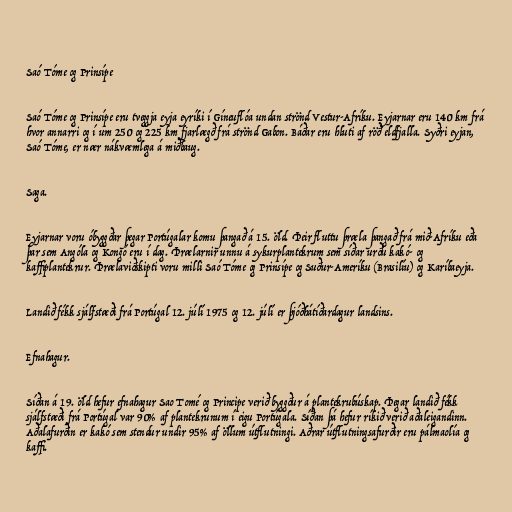
Saó Tóme og Prinsípe

Saó Tóme og Prinsípe eru tveggja eyja eyríki í Gíneuflóa undan strönd Vestur-Afríku. Eyjarnar eru 140 km frá
hvor annarri og í um 250 og 225 km fjarlægð frá strönd Gabon. Báðar eru hluti af röð eldfjalla. Syðri eyjan,
Saó Tóme, er nær nákvæmlega á miðbaug.

Saga.

Eyjarnar voru óbyggðar þegar Portúgalar komu þangað á 15. öld. Þeir fluttu þræla þangað frá mið-Afríku eða
þar sem Angóla og Kongó eru í dag. Þrælarnir unnu á sykurplantekrum sem síðar urðu kakó- og
kaffiplantekrur. Þrælaviðskipti voru milli Saó Tóme og Prinsípe og Suður-Ameríku (Brasilíu) og Karíbaeyja.

Landið fékk sjálfstæði frá Portúgal 12. júlí 1975 og 12. júlí er þjóðhátíðardagur landsins.

Efnahagur.

Síðan á 19. öld hefur efnahagur Sao Tomé og Principe verið byggður á plantekrubúskap. Þegar landið fékk
sjálfstæði frá Portúgal var 90% af plantekrunum í eigu Portúgala. Síðan þá hefur ríkið verið aðaleigandinn.
Aðalafurðin er kakó sem stendur undir 95% af öllum útflutningi. Aðrar útflutningsafurðir eru pálmaolía og
kaffi.